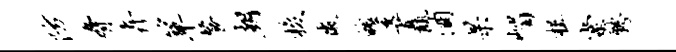
防胁卉箪餐朝梭微魄透矗酒杲嵋楫棠聘